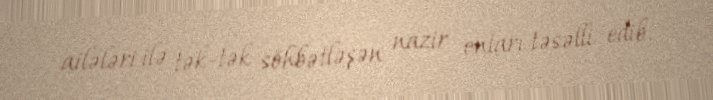
ailələri ilə tək-tək söhbətləşən nazir onları təsəlli edib.